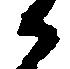
御